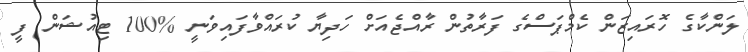
ލަންކާގެ ހޮރައިޒަން ކެމްޕަސްގެ ފަރާތުން ރާއްޖެއަށް ހަދިޔާ ކުރައްވާފައިވަނީ %100 ޓިއުޝަން ފީ